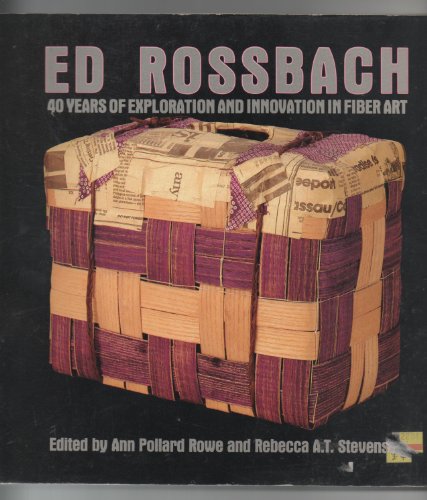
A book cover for Ed Rossbach: 40 Years of Exploration and Innovation in Fiber Art; Ann Pollard Rowe; Crafts, Hobbies & Home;